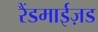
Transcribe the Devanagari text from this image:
रैंडमाईज़ड